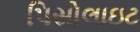
પિસોલાઇટ